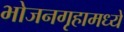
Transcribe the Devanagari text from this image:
भोजनगृहामध्ये